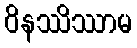
ဝိနဿိဿာမ